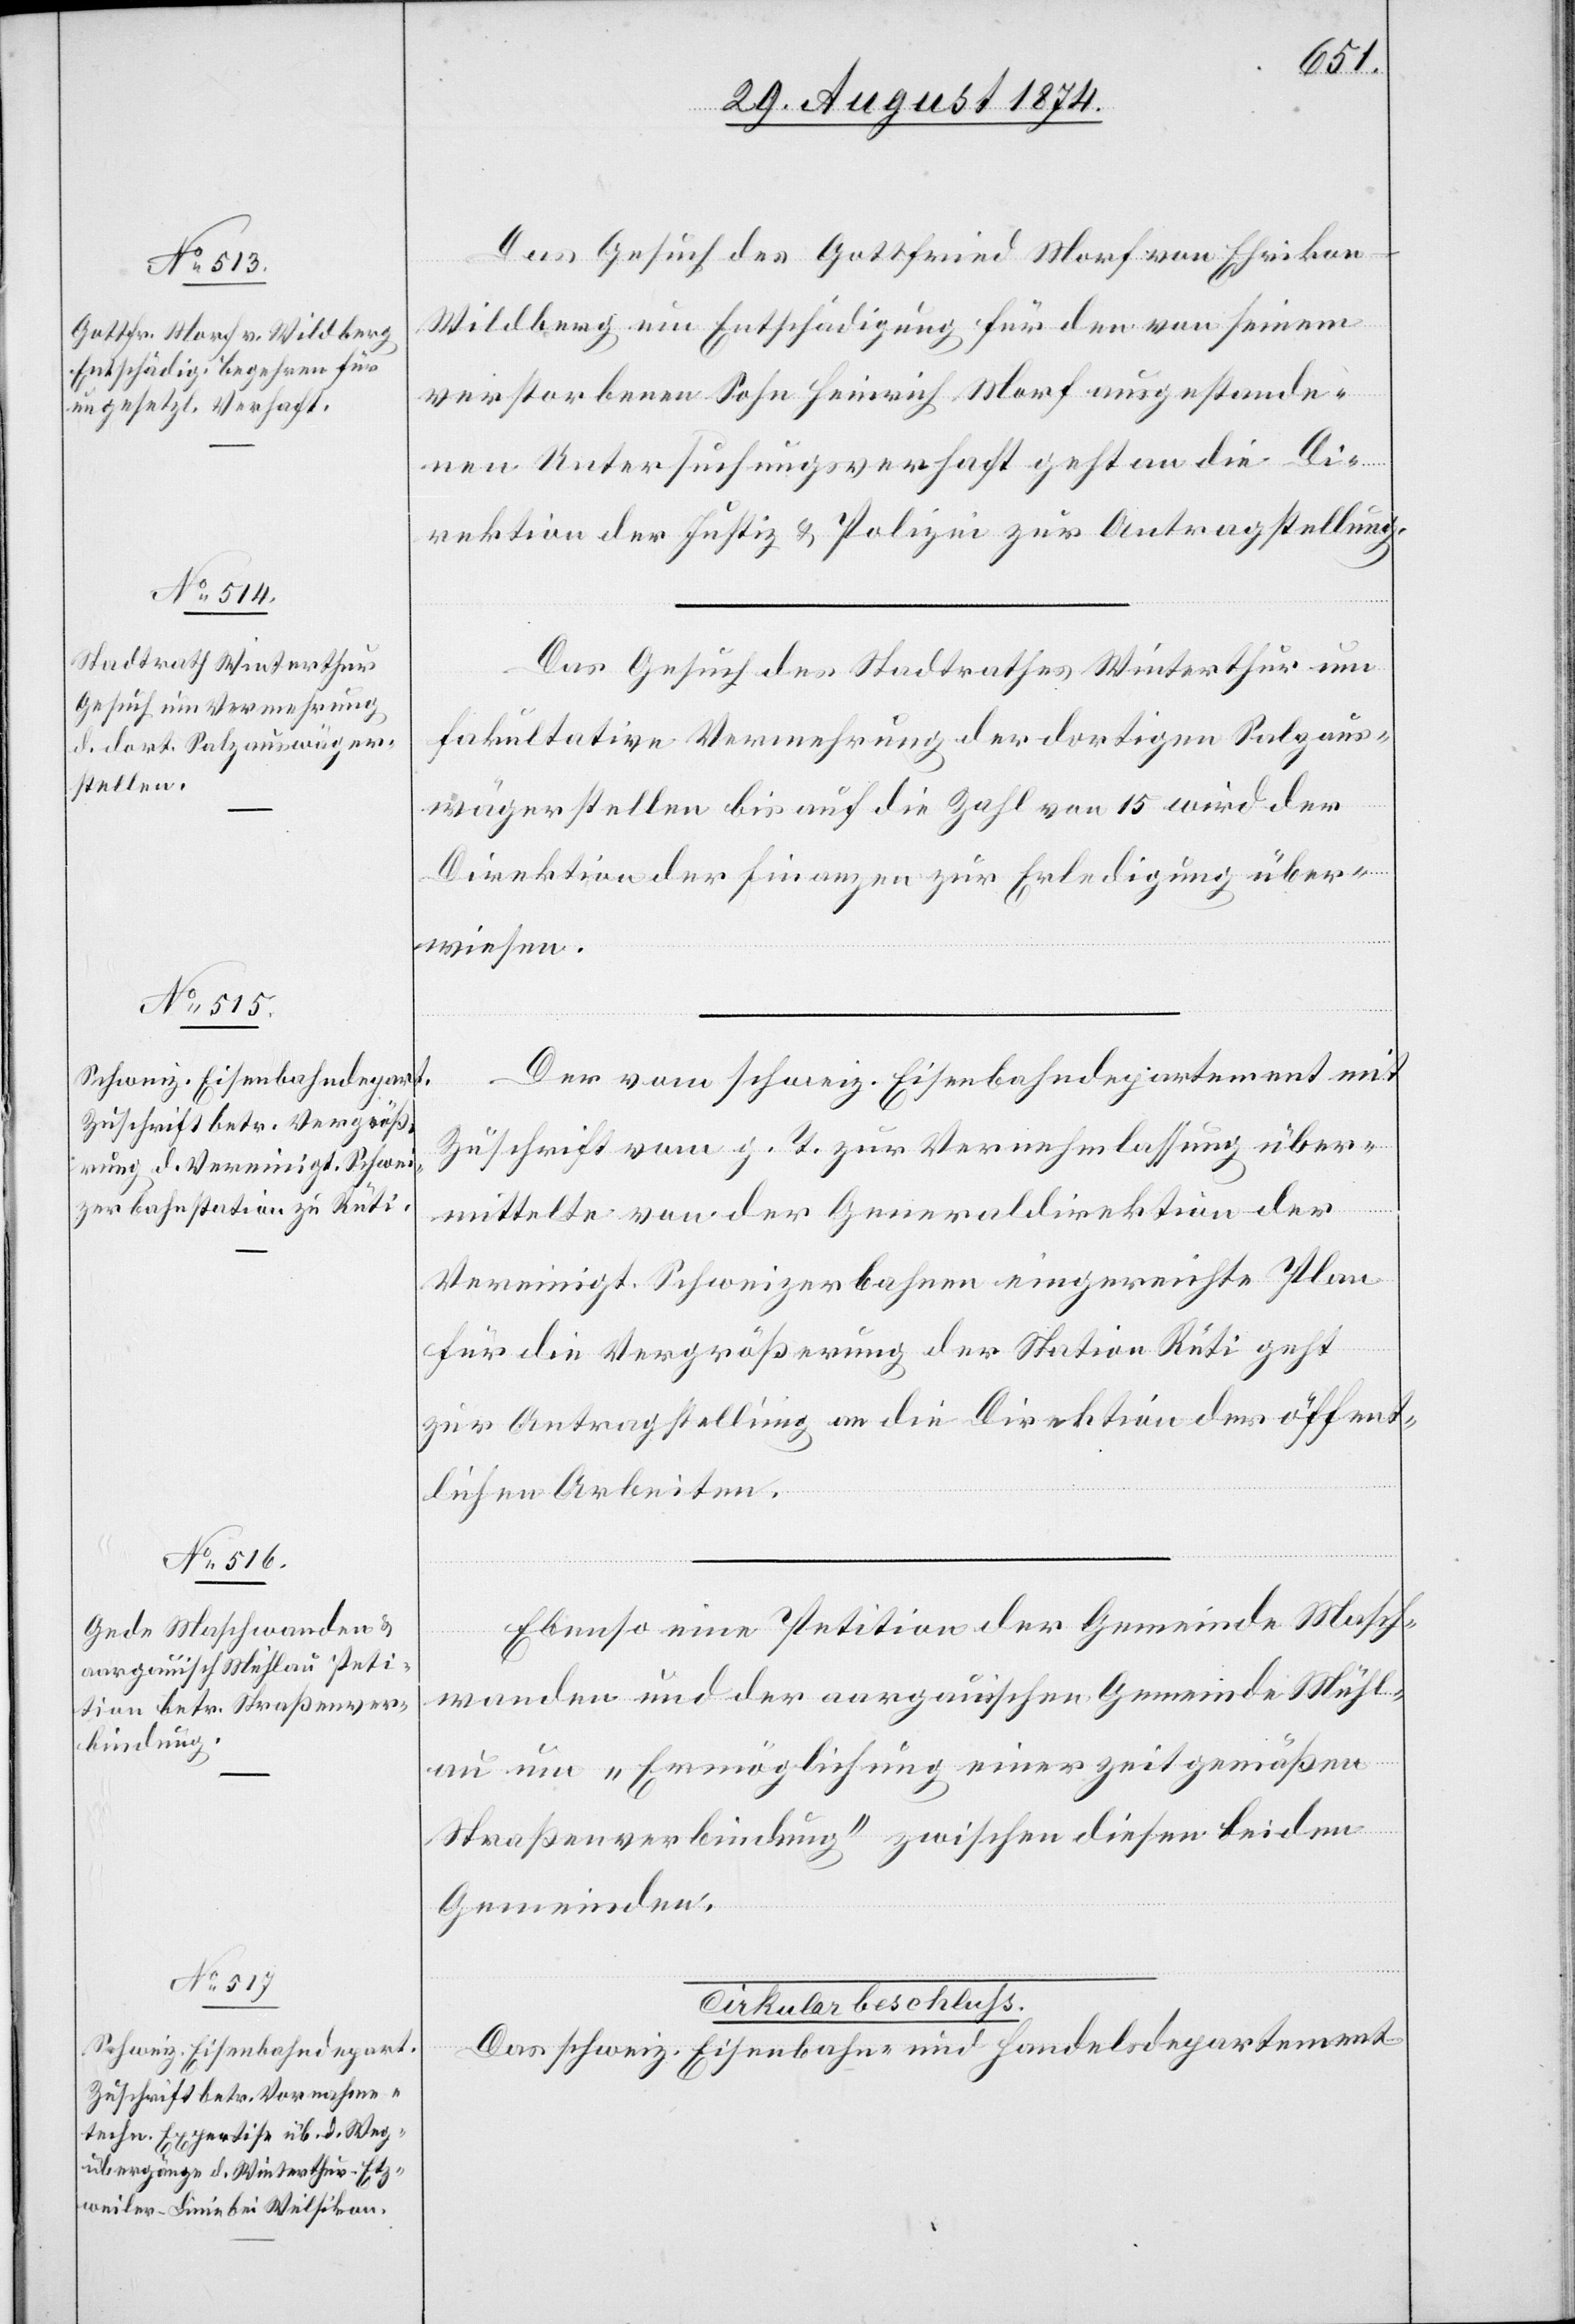
Das Gesuch des Gottfried Morf von Ehrikon
Wildberg um Entschädigung für den von seinem
verstorbenen Sohn Heinrich Morf ausgestande¬
nen Untersuchungsverhaft geht an die Di¬
rektion der Justiz u. Polizei zur Antragstellung.
Das Gesuch des Stadtrathes Winterthur um
fakultative Vermehrung der dortigen Salzaus¬
wägerstellen bis auf die Zahl von 15 wird der
Direktion der Finanzen zur Erledigung über¬
wiesen.
Der vom schweiz. Eisenbahndepartement mit
Zuschrift vom g. T. zur Vernehmlassung über¬
mittelte von der Generaldirektion der
Vereinigt. Schweizerbahnen eingereichte Plan
für die Vergrößerung der Station Rüti geht
zur Antragstellung an die Direktion der öffent¬
lichen Arbeiten.
Ebenso eine Petition der Gemeinde Masch¬
wanden und der aargauischen Gemeinde Mühl¬
au um „Ermöglichung einer zeitgemäßen
Straßenverbindung“ zwischen diesen beiden
Gemeinden.
Cirkular-Beschluß.
Das schweiz. Eisenbahn- und Handelsdepartement